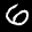
Label: 6